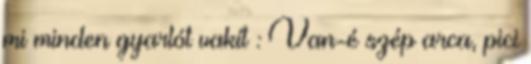
mi minden gyarlót vakít : Van-é szép arca, pici